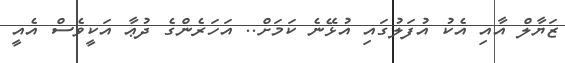
ޒަޔާލް އާއި އެކު އުފަލުގައި އުޅޭނެ ކަމަށް.. އަހަރެންގެ ދުޢާ އަކީވެސް އެއީ